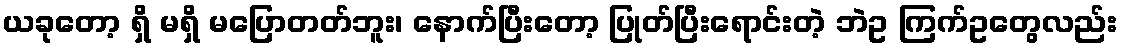
ယခုတော့ ရှိ မရှိ မပြောတတ်ဘူး၊ နောက်ပြီးတော့ ပြုတ်ပြီးရောင်းတဲ့ ဘဲဥ ကြက်ဥတွေလည်း